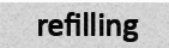
refilling